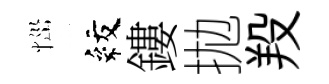
𢙉紋鏤拋羖